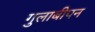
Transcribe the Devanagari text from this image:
गुलाबीपन